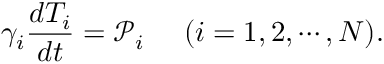
\gamma _ { i } \frac { d T _ { i } } { d t } = \mathcal { P } _ { i } ~ ~ ~ ~ ( i = 1 , 2 , \cdots , N ) .